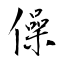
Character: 僺